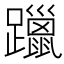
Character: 躐